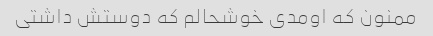
ممنون که اومدی خوشحالم که دوستش داشتی